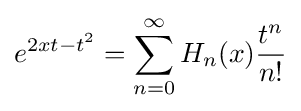
e^{2xt-t^{2}}=\sum _{n=0}^{\infty }H_{n}(x){\frac {t^{n}}{n!}}